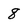
Character: 8